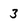
Character: 3